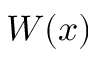
W ( x )